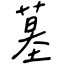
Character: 墓